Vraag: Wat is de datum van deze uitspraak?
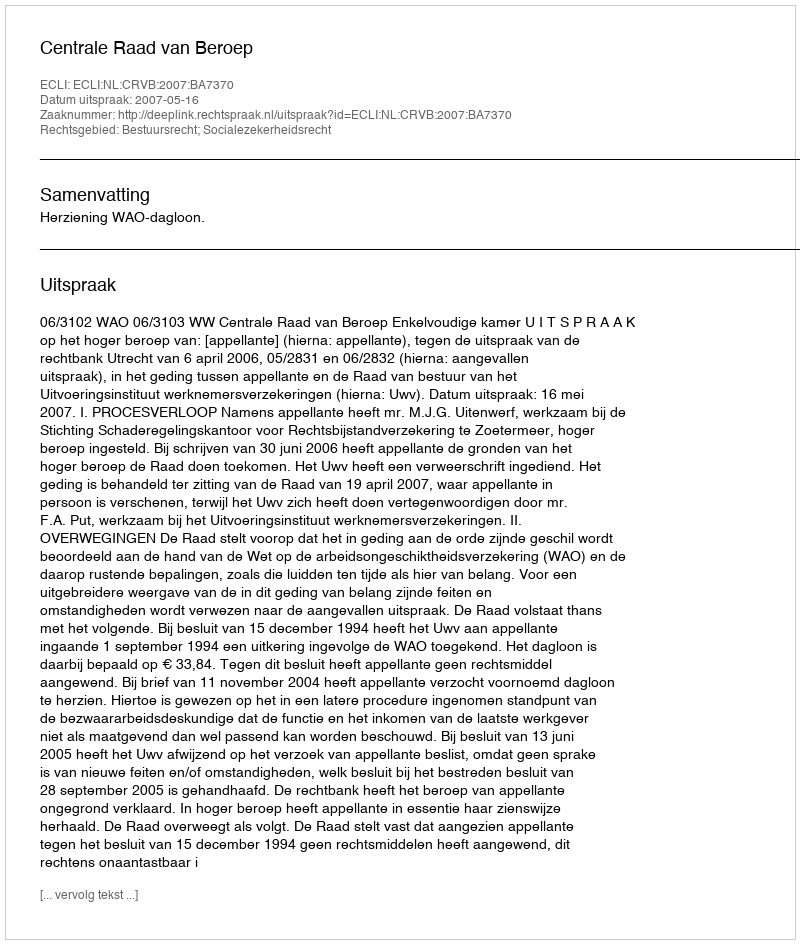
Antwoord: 2007-05-16